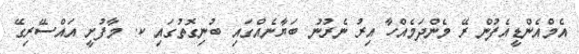
އެމްއެންޑީއެފުން ރޭ މެންދަމެއްހާ އިރު ނެރުނު ބަޔާނެއްގައި ބުނިގޮތުގައި ކ. މާފުށީ އައްސޭރިގޭ